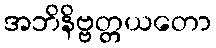
အဘိနိဗ္ဗတ္တယတော